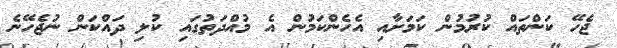
ޖެހޭ ކަންތައް ކުރުމުން ކަމަށާއި އެހެންކަމުން އެ މުއްދަތުގައި ކުލި ދައްކަން ނުޖެހޭނެ